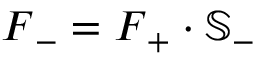
\boldsymbol { F } _ { - } = \boldsymbol { F } _ { + } \cdot \mathbb { S } _ { - }